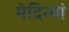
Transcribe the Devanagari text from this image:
मेदिन्यां